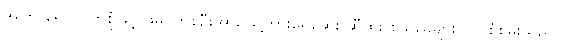
အပြာ ရောင်ဝတ်စုံဖြင့် ဖိုမင်တစ်ဦးအား သူ့ကားရေဆေး ဆီထိုး စသည်များလုပ် စုံစမ်းသည်။